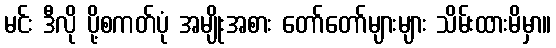
မင်း ဒီလို ပို့စကတ်ပုံ အမျိုးအစား တော်တော်များများ သိမ်းထားမိမှာ။